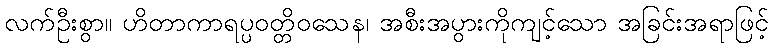
လက်ဦးစွာ။ ဟိတာကာရပ္ပဝတ္တိဝသေန၊ အစီးအပွားကိုကျင့်သော အခြင်းအရာဖြင့်